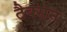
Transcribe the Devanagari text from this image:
टैक्सन